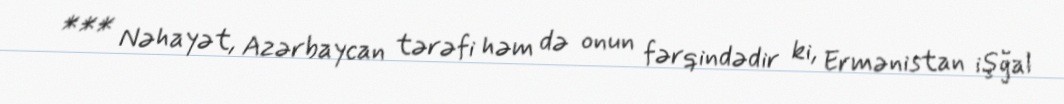
*** Nəhayət, Azərbaycan tərəfi həm də onun fərqindədir ki, Ermənistan işğal